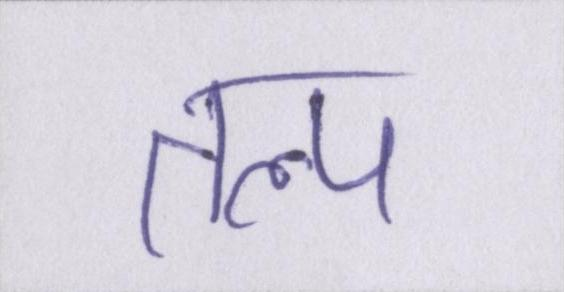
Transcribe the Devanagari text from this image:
तल्प